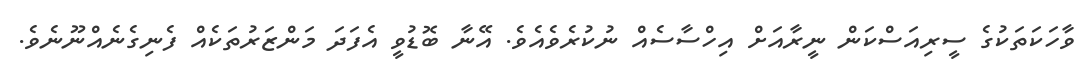
ވާހަކަތަކުގެ ސީރިއަސްކަން ނީރާއަށް އިހްސާސެއް ނުކުރެވެއެވެ. އޭނާ ބޮޑުވީ އެފަދަ މަންޒަރުތަކެއް ފެނިގެނެއްނޫނެވެ.